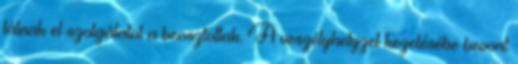
látnak el szolgálatot a beosztottak. A veszélyhelyzet kezelésébe bevont